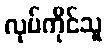
လုပ်ကိုင်သူ